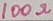
Text: 100Ω